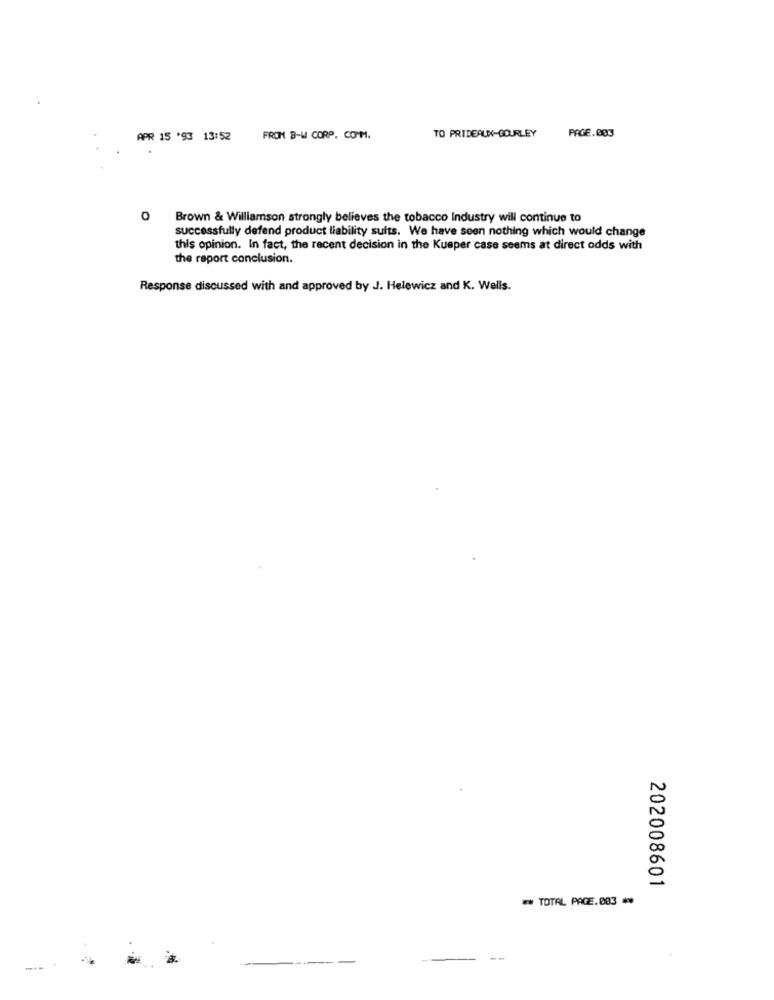
APR 15 '93 13:52
FROM B-W CORP. COMM.
TO PRIDEAUX-GOURLEY
PAGE.003
0
Brown & Williamson strongly believes the tobacco Industry will continue to
successfully defend product liability suits. We have seen nothing which would change
this opinion. In fact, the recent decision in the Kueper case seems at direct odds with
the report conclusion.
Response discussed with and approved by J. Helewicz and K. Wells.
202008601
** TOTAL PAGE.083 **